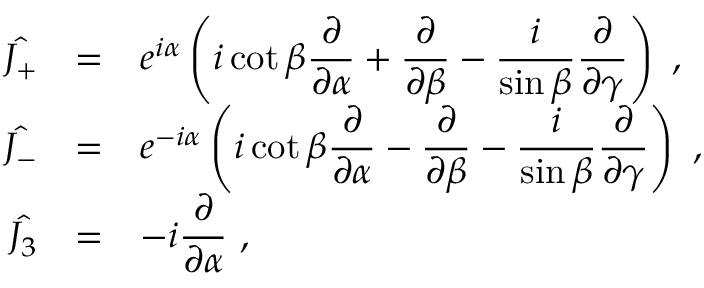
\begin{array} { r c l } { { \hat { J _ { + } } } } & { { = } } & { { e ^ { i \alpha } \left( i \cot \beta \displaystyle \frac { \partial } { \partial \alpha } + \frac { \partial } { \partial \beta } - \frac { i } { \sin \beta } \frac { \partial } { \partial \gamma } \right) ~ , } } \\ { { \hat { J _ { - } } } } & { { = } } & { { e ^ { - i \alpha } \left( i \cot \beta \displaystyle \frac { \partial } { \partial \alpha } - \frac { \partial } { \partial \beta } - \frac { i } { \sin \beta } \frac { \partial } { \partial \gamma } \right) ~ , } } \\ { { \hat { J _ { 3 } } } } & { { = } } & { { - i \displaystyle \frac { \partial } { \partial \alpha } ~ , } } \end{array}